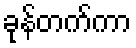
ခုန်တက်ကာ